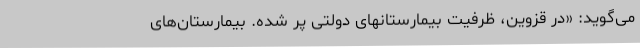
می‌گوید: «در قزوین، ظرفیت بیمارستانهای دولتی پر شده. بیمارستان‌های